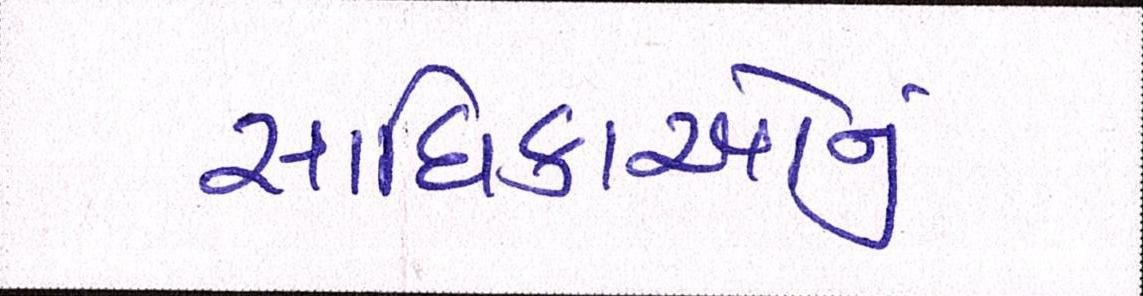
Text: સાધિકાઓનું